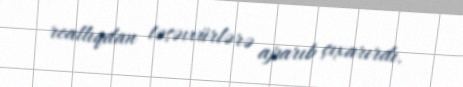
reallıqdan təsəvvürlərə aparıb çıxarırdı.